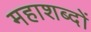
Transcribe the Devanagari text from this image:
महाशब्दों